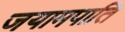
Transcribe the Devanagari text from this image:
जयामपाति